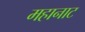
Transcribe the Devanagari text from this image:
महानाट